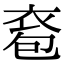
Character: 𧙌